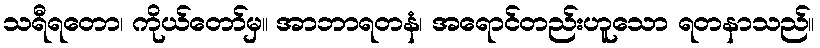
သရီရတော၊ ကိုယ်တော်မှ။ အာဘာရတနံ၊ အရောင်တည်းဟူသော ရတနာသည်။